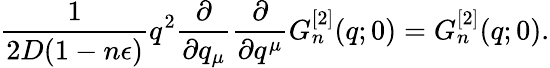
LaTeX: \frac{1}{2D(1-n\epsilon)}q^{2}\frac{\partial}{\partial q_{\mu}}\frac{\partial}{\partial q^{\mu}}G_{n}^{[2]}(q;0)=G_{n}^{[2]}(q;0).